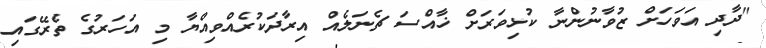
"ދާދި އަވަހަށް ޒުވާނުންނާ ކުޅިވަރަށް ޚާއްސަ ޗެނަލެއް އިރާދަކުރެއްވިއްޔާ މި އަހަރުގެ ތެރޭގައި